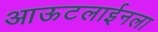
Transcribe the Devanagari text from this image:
आऊटलाईनला